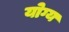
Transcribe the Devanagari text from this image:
योग्य